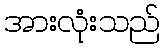
အားလုံးသည်